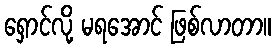
ရှောင်လို့ မရအောင် ဖြစ်လာတာ။